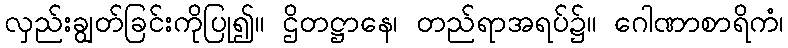
လှည်းချွတ်ခြင်းကိုပြု၍။ ဌိတဋ္ဌာနေ၊ တည်ရာအရပ်၌။ ဂေါဏာစာရိကံ၊